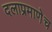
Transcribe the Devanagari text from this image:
दलाप्रमाणेच